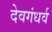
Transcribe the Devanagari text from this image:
देवगंधर्व